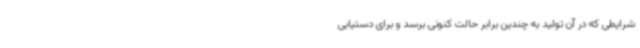
شرایطی که در آن تولید به چندین برابر حالت کنونی برسد و برای دستیابی